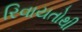
રિવાયતોથી